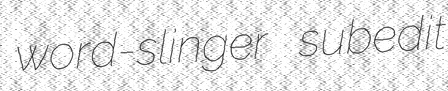
word-slinger subedit